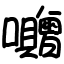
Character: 囎